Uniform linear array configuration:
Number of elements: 24
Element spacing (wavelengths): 1
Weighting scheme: kaiser
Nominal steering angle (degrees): -15
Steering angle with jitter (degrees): -16.697
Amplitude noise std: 0.05
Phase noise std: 0.05

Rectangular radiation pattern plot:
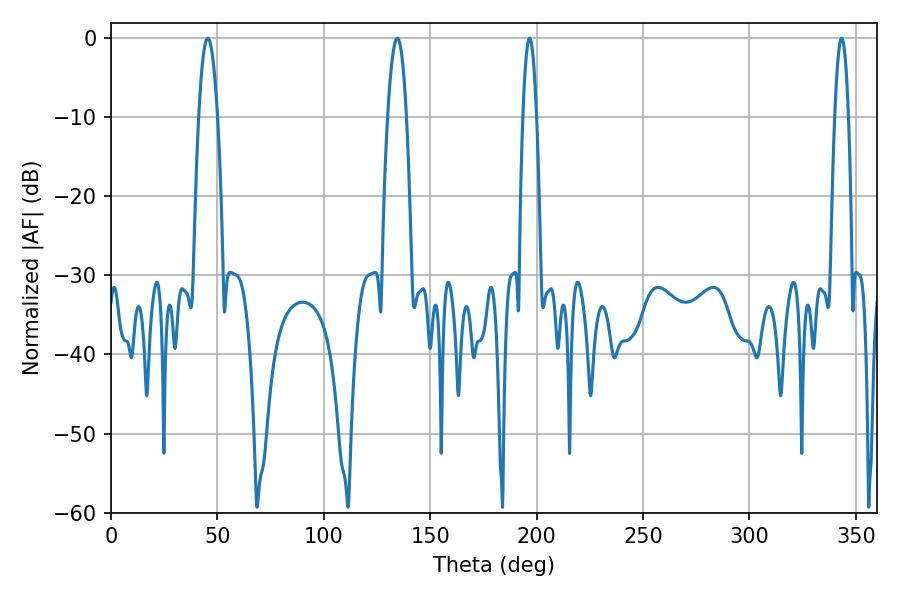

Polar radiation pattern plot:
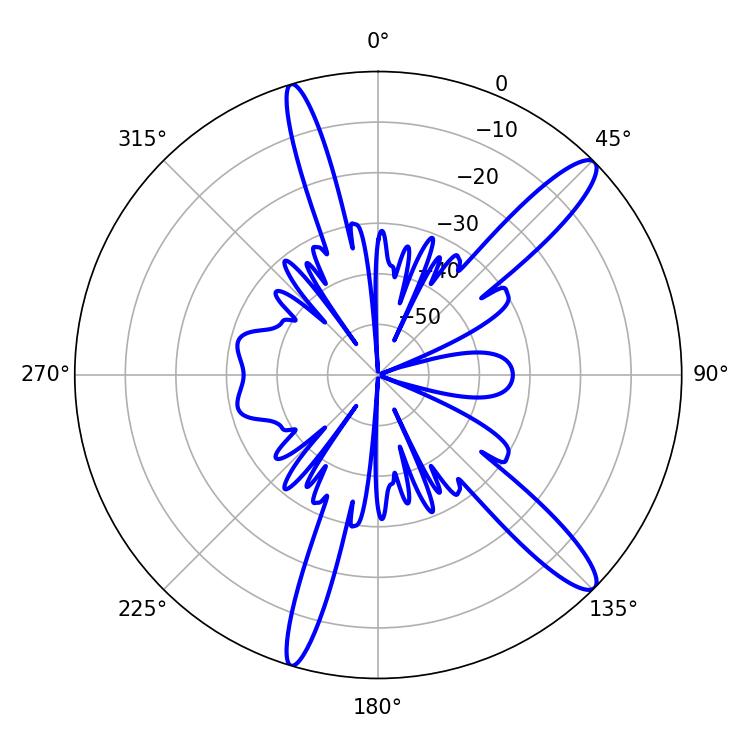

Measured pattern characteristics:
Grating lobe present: TRUE
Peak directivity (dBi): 13.354
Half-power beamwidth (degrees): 4.86
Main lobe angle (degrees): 45.54